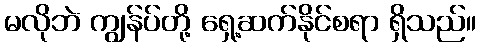
မလိုဘဲ ကျွန်ပ်တို့ ရှေ့ဆက်နိုင်စရာ ရှိသည်။